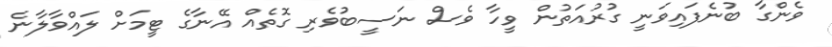
ވެންގާ ބުނެފައިވަނީ ގުރުއަތުން ވީހާ ވެސް ނަސީބުވެރި ގޮތެއް އޭނާގެ ޓީމަށް ލައްވާލާނެ